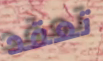
تعقد